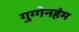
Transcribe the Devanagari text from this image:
गुग्गेनहेम